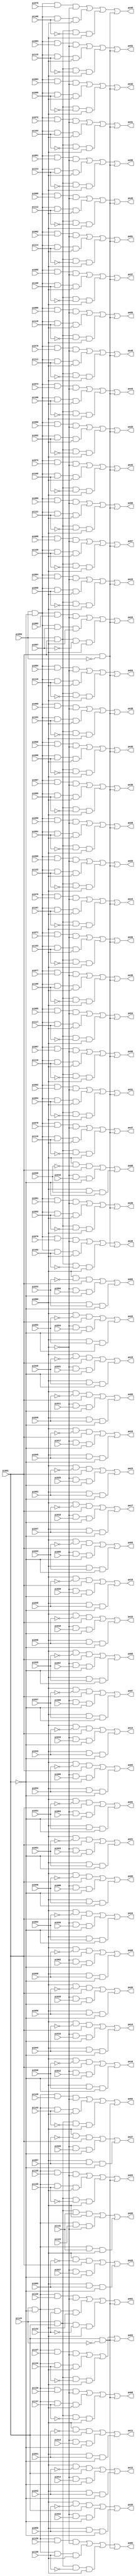
// Benchmark "i6" written by ABC on Thu Mar 19 13:02:36 2020

module i6 ( 
    pi000, pi001, pi002, pi003, pi004, pi005, pi006, pi007, pi008, pi009,
    pi010, pi011, pi012, pi013, pi014, pi015, pi016, pi017, pi018, pi019,
    pi020, pi021, pi022, pi023, pi024, pi025, pi026, pi027, pi028, pi029,
    pi030, pi031, pi032, pi033, pi034, pi035, pi036, pi037, pi038, pi039,
    pi040, pi041, pi042, pi043, pi044, pi045, pi046, pi047, pi048, pi049,
    pi050, pi051, pi052, pi053, pi054, pi055, pi056, pi057, pi058, pi059,
    pi060, pi061, pi062, pi063, pi064, pi065, pi066, pi067, pi068, pi069,
    pi070, pi071, pi072, pi073, pi074, pi075, pi076, pi077, pi078, pi079,
    pi080, pi081, pi082, pi083, pi084, pi085, pi086, pi087, pi088, pi089,
    pi090, pi091, pi092, pi093, pi094, pi095, pi096, pi097, pi098, pi099,
    pi100, pi101, pi102, pi103, pi104, pi105, pi106, pi107, pi108, pi109,
    pi110, pi111, pi112, pi113, pi114, pi115, pi116, pi117, pi118, pi119,
    pi120, pi121, pi122, pi123, pi124, pi125, pi126, pi127, pi128, pi129,
    pi130, pi131, pi132, pi133, pi134, pi135, pi136, pi137,
    po00, po01, po02, po03, po04, po05, po06, po07, po08, po09, po10, po11,
    po12, po13, po14, po15, po16, po17, po18, po19, po20, po21, po22, po23,
    po24, po25, po26, po27, po28, po29, po30, po31, po32, po33, po34, po35,
    po36, po37, po38, po39, po40, po41, po42, po43, po44, po45, po46, po47,
    po48, po49, po50, po51, po52, po53, po54, po55, po56, po57, po58, po59,
    po60, po61, po62, po63, po64, po65, po66  );
  input  pi000, pi001, pi002, pi003, pi004, pi005, pi006, pi007, pi008,
    pi009, pi010, pi011, pi012, pi013, pi014, pi015, pi016, pi017, pi018,
    pi019, pi020, pi021, pi022, pi023, pi024, pi025, pi026, pi027, pi028,
    pi029, pi030, pi031, pi032, pi033, pi034, pi035, pi036, pi037, pi038,
    pi039, pi040, pi041, pi042, pi043, pi044, pi045, pi046, pi047, pi048,
    pi049, pi050, pi051, pi052, pi053, pi054, pi055, pi056, pi057, pi058,
    pi059, pi060, pi061, pi062, pi063, pi064, pi065, pi066, pi067, pi068,
    pi069, pi070, pi071, pi072, pi073, pi074, pi075, pi076, pi077, pi078,
    pi079, pi080, pi081, pi082, pi083, pi084, pi085, pi086, pi087, pi088,
    pi089, pi090, pi091, pi092, pi093, pi094, pi095, pi096, pi097, pi098,
    pi099, pi100, pi101, pi102, pi103, pi104, pi105, pi106, pi107, pi108,
    pi109, pi110, pi111, pi112, pi113, pi114, pi115, pi116, pi117, pi118,
    pi119, pi120, pi121, pi122, pi123, pi124, pi125, pi126, pi127, pi128,
    pi129, pi130, pi131, pi132, pi133, pi134, pi135, pi136, pi137;
  output po00, po01, po02, po03, po04, po05, po06, po07, po08, po09, po10,
    po11, po12, po13, po14, po15, po16, po17, po18, po19, po20, po21, po22,
    po23, po24, po25, po26, po27, po28, po29, po30, po31, po32, po33, po34,
    po35, po36, po37, po38, po39, po40, po41, po42, po43, po44, po45, po46,
    po47, po48, po49, po50, po51, po52, po53, po54, po55, po56, po57, po58,
    po59, po60, po61, po62, po63, po64, po65, po66;
  wire new_n206_, new_n207_, new_n208_, new_n209_, new_n210_, new_n211_,
    new_n212_, new_n213_, new_n214_, new_n215_, new_n216_, new_n217_,
    new_n218_, new_n219_, new_n220_, new_n221_, new_n222_, new_n223_,
    new_n224_, new_n225_, new_n226_, new_n227_, new_n228_, new_n229_,
    new_n230_, new_n231_, new_n232_, new_n233_, new_n234_, new_n235_,
    new_n236_, new_n238_, new_n240_, new_n242_, new_n244_, new_n246_,
    new_n248_, new_n250_, new_n252_, new_n254_, new_n256_, new_n258_,
    new_n260_, new_n262_, new_n264_, new_n266_, new_n268_, new_n270_,
    new_n272_, new_n274_, new_n276_, new_n278_, new_n280_, new_n282_,
    new_n284_, new_n286_, new_n288_, new_n290_, new_n292_, new_n293_,
    new_n294_, new_n295_, new_n296_, new_n297_, new_n298_, new_n299_,
    new_n300_, new_n301_, new_n302_, new_n303_, new_n304_, new_n305_,
    new_n306_, new_n307_, new_n308_, new_n309_, new_n310_, new_n311_,
    new_n312_, new_n313_, new_n314_, new_n315_, new_n316_, new_n317_,
    new_n318_, new_n319_, new_n320_, new_n321_, new_n322_, new_n323_,
    new_n324_, new_n325_, new_n326_, new_n327_, new_n328_, new_n329_,
    new_n330_, new_n331_, new_n332_, new_n333_, new_n334_, new_n335_,
    new_n336_, new_n337_, new_n338_, new_n339_, new_n340_, new_n341_,
    new_n342_, new_n343_, new_n344_, new_n345_, new_n346_, new_n347_,
    new_n348_, new_n349_, new_n350_, new_n351_, new_n352_, new_n353_,
    new_n354_, new_n356_, new_n358_, new_n360_, new_n362_, new_n364_,
    new_n366_, new_n368_, new_n370_, new_n372_, new_n374_, new_n376_,
    new_n378_, new_n380_, new_n382_, new_n384_, new_n386_, new_n388_,
    new_n390_, new_n392_, new_n394_, new_n396_, new_n398_, new_n400_,
    new_n402_, new_n404_, new_n406_, new_n408_, new_n410_, new_n412_,
    new_n414_, new_n416_, new_n418_, new_n419_, new_n420_, new_n421_,
    new_n422_, new_n423_, new_n424_, new_n425_, new_n426_, new_n427_,
    new_n428_, new_n429_, new_n430_, new_n431_, new_n432_, new_n433_,
    new_n434_, new_n435_, new_n436_, new_n437_, new_n438_, new_n439_,
    new_n440_, new_n441_, new_n442_, new_n443_, new_n444_, new_n445_,
    new_n446_, new_n447_, new_n448_, new_n449_, new_n450_, new_n451_,
    new_n452_, new_n453_, new_n454_, new_n455_, new_n456_, new_n457_,
    new_n458_, new_n459_, new_n460_, new_n461_, new_n463_, new_n465_,
    new_n467_, new_n469_, new_n471_, new_n473_, new_n475_, new_n476_,
    new_n477_, new_n478_, new_n479_, new_n480_, new_n481_, new_n482_,
    new_n483_, new_n484_, new_n485_, new_n486_, new_n487_, new_n488_,
    new_n489_, new_n490_, new_n491_, new_n492_, new_n493_, new_n494_,
    new_n495_, new_n496_, new_n497_, new_n498_, new_n499_, new_n500_,
    new_n501_, new_n502_, new_n503_, new_n504_, new_n505_, new_n506_,
    new_n507_, new_n508_, new_n509_, new_n510_, new_n511_, new_n512_,
    new_n513_, new_n514_, new_n515_, new_n516_, new_n517_, new_n518_,
    new_n519_, new_n520_, new_n521_, new_n522_, new_n523_, new_n524_,
    new_n525_, new_n526_, new_n527_, new_n528_, new_n529_, new_n530_,
    new_n531_, new_n532_, new_n533_, new_n534_, new_n535_, new_n536_,
    new_n537_, new_n538_, new_n539_, new_n540_, new_n541_, new_n542_,
    new_n543_, new_n544_, new_n545_, new_n546_, new_n547_, new_n548_,
    new_n549_;
  assign new_n206_ = ~pi000;
  assign new_n207_ = ~pi001;
  assign new_n208_ = new_n206_ & pi002 & new_n207_;
  assign new_n209_ = new_n206_ & pi003 & new_n207_;
  assign new_n210_ = new_n206_ & pi004 & new_n207_;
  assign new_n211_ = new_n206_ & pi005 & new_n207_;
  assign new_n212_ = new_n206_ & pi006 & new_n207_;
  assign new_n213_ = new_n206_ & pi007 & new_n207_;
  assign new_n214_ = new_n206_ & pi008 & new_n207_;
  assign new_n215_ = new_n206_ & pi009 & new_n207_;
  assign new_n216_ = new_n206_ & pi010 & new_n207_;
  assign new_n217_ = new_n206_ & pi011 & new_n207_;
  assign new_n218_ = new_n206_ & pi012 & new_n207_;
  assign new_n219_ = new_n206_ & pi013 & new_n207_;
  assign new_n220_ = new_n206_ & pi014 & new_n207_;
  assign new_n221_ = new_n206_ & pi015 & new_n207_;
  assign new_n222_ = new_n206_ & pi016 & new_n207_;
  assign new_n223_ = new_n206_ & pi017 & new_n207_;
  assign new_n224_ = new_n206_ & pi018 & new_n207_;
  assign new_n225_ = new_n206_ & pi019 & new_n207_;
  assign new_n226_ = new_n206_ & pi020 & new_n207_;
  assign new_n227_ = new_n206_ & pi021 & new_n207_;
  assign new_n228_ = new_n206_ & pi022 & new_n207_;
  assign new_n229_ = new_n206_ & pi023 & new_n207_;
  assign new_n230_ = new_n206_ & pi024 & new_n207_;
  assign new_n231_ = new_n206_ & pi025 & new_n207_;
  assign new_n232_ = new_n206_ & pi026 & new_n207_;
  assign new_n233_ = new_n206_ & pi027 & new_n207_;
  assign new_n234_ = new_n206_ & pi028 & new_n207_;
  assign new_n235_ = new_n206_ & pi029 & new_n207_;
  assign new_n236_ = pi000 & pi030 & new_n207_;
  assign po00 = new_n292_ | new_n208_ | new_n236_;
  assign new_n238_ = pi000 & pi031 & new_n207_;
  assign po01 = new_n293_ | new_n209_ | new_n238_;
  assign new_n240_ = pi000 & pi032 & new_n207_;
  assign po02 = new_n294_ | new_n210_ | new_n240_;
  assign new_n242_ = pi000 & pi033 & new_n207_;
  assign po03 = new_n295_ | new_n211_ | new_n242_;
  assign new_n244_ = pi000 & pi034 & new_n207_;
  assign po04 = new_n296_ | new_n212_ | new_n244_;
  assign new_n246_ = pi000 & pi035 & new_n207_;
  assign po05 = new_n297_ | new_n213_ | new_n246_;
  assign new_n248_ = pi000 & pi036 & new_n207_;
  assign po06 = new_n298_ | new_n214_ | new_n248_;
  assign new_n250_ = pi000 & pi037 & new_n207_;
  assign po07 = new_n299_ | new_n215_ | new_n250_;
  assign new_n252_ = pi000 & pi038 & new_n207_;
  assign po08 = new_n300_ | new_n216_ | new_n252_;
  assign new_n254_ = pi000 & pi039 & new_n207_;
  assign po09 = new_n301_ | new_n217_ | new_n254_;
  assign new_n256_ = pi000 & pi040 & new_n207_;
  assign po10 = new_n302_ | new_n218_ | new_n256_;
  assign new_n258_ = pi000 & pi041 & new_n207_;
  assign po11 = new_n303_ | new_n219_ | new_n258_;
  assign new_n260_ = pi000 & pi042 & new_n207_;
  assign po12 = new_n304_ | new_n220_ | new_n260_;
  assign new_n262_ = pi000 & pi043 & new_n207_;
  assign po13 = new_n305_ | new_n221_ | new_n262_;
  assign new_n264_ = pi000 & pi044 & new_n207_;
  assign po14 = new_n306_ | new_n222_ | new_n264_;
  assign new_n266_ = pi000 & pi045 & new_n207_;
  assign po15 = new_n307_ | new_n223_ | new_n266_;
  assign new_n268_ = pi000 & pi046 & new_n207_;
  assign po16 = new_n308_ | new_n224_ | new_n268_;
  assign new_n270_ = pi000 & pi047 & new_n207_;
  assign po17 = new_n309_ | new_n225_ | new_n270_;
  assign new_n272_ = pi000 & pi048 & new_n207_;
  assign po18 = new_n310_ | new_n226_ | new_n272_;
  assign new_n274_ = pi000 & pi049 & new_n207_;
  assign po19 = new_n311_ | new_n227_ | new_n274_;
  assign new_n276_ = pi000 & pi050 & new_n207_;
  assign po20 = new_n312_ | new_n228_ | new_n276_;
  assign new_n278_ = pi000 & pi051 & new_n207_;
  assign po21 = new_n313_ | new_n229_ | new_n278_;
  assign new_n280_ = pi000 & pi052 & new_n207_;
  assign po22 = new_n314_ | new_n230_ | new_n280_;
  assign new_n282_ = pi000 & pi053 & new_n207_;
  assign po23 = new_n315_ | new_n231_ | new_n282_;
  assign new_n284_ = pi000 & pi054 & new_n207_;
  assign po24 = new_n316_ | new_n232_ | new_n284_;
  assign new_n286_ = pi000 & pi055 & new_n207_;
  assign po25 = new_n317_ | new_n233_ | new_n286_;
  assign new_n288_ = pi000 & pi056 & new_n207_;
  assign po26 = new_n318_ | new_n234_ | new_n288_;
  assign new_n290_ = pi000 & pi057 & new_n207_;
  assign po27 = new_n319_ | new_n235_ | new_n290_;
  assign new_n292_ = pi000 & new_n511_ & pi001;
  assign new_n293_ = pi000 & new_n510_ & pi001;
  assign new_n294_ = pi000 & new_n509_ & pi001;
  assign new_n295_ = pi000 & new_n508_ & pi001;
  assign new_n296_ = pi000 & new_n507_ & pi001;
  assign new_n297_ = pi000 & new_n506_ & pi001;
  assign new_n298_ = pi000 & new_n505_ & pi001;
  assign new_n299_ = pi000 & new_n504_ & pi001;
  assign new_n300_ = pi000 & new_n503_ & pi001;
  assign new_n301_ = pi000 & new_n502_ & pi001;
  assign new_n302_ = pi000 & new_n501_ & pi001;
  assign new_n303_ = pi000 & new_n500_ & pi001;
  assign new_n304_ = pi000 & new_n499_ & pi001;
  assign new_n305_ = pi000 & new_n498_ & pi001;
  assign new_n306_ = pi000 & new_n497_ & pi001;
  assign new_n307_ = pi000 & new_n496_ & pi001;
  assign new_n308_ = pi000 & new_n495_ & pi001;
  assign new_n309_ = pi000 & new_n494_ & pi001;
  assign new_n310_ = pi000 & new_n493_ & pi001;
  assign new_n311_ = pi000 & new_n492_ & pi001;
  assign new_n312_ = pi000 & new_n491_ & pi001;
  assign new_n313_ = pi000 & new_n490_ & pi001;
  assign new_n314_ = pi000 & new_n489_ & pi001;
  assign new_n315_ = pi000 & new_n488_ & pi001;
  assign new_n316_ = pi000 & new_n487_ & pi001;
  assign new_n317_ = pi000 & new_n486_ & pi001;
  assign new_n318_ = pi000 & new_n485_ & pi001;
  assign new_n319_ = pi000 & new_n484_ & pi001;
  assign new_n320_ = ~pi000;
  assign new_n321_ = ~pi001;
  assign new_n322_ = pi059 & new_n321_ & pi058 & new_n320_;
  assign new_n323_ = pi059 & new_n321_ & pi060 & new_n320_;
  assign new_n324_ = pi059 & new_n321_ & pi061 & new_n320_;
  assign new_n325_ = pi059 & new_n321_ & pi062 & new_n320_;
  assign new_n326_ = pi059 & new_n321_ & pi063 & new_n320_;
  assign new_n327_ = pi059 & new_n321_ & pi064 & new_n320_;
  assign new_n328_ = pi059 & new_n321_ & pi065 & new_n320_;
  assign new_n329_ = pi059 & new_n321_ & pi066 & new_n320_;
  assign new_n330_ = pi059 & new_n321_ & pi067 & new_n320_;
  assign new_n331_ = pi059 & new_n321_ & pi068 & new_n320_;
  assign new_n332_ = pi059 & new_n321_ & pi069 & new_n320_;
  assign new_n333_ = pi059 & new_n321_ & pi070 & new_n320_;
  assign new_n334_ = pi059 & new_n321_ & pi071 & new_n320_;
  assign new_n335_ = pi059 & new_n321_ & pi072 & new_n320_;
  assign new_n336_ = pi059 & new_n321_ & pi073 & new_n320_;
  assign new_n337_ = pi059 & new_n321_ & pi074 & new_n320_;
  assign new_n338_ = pi059 & new_n321_ & pi075 & new_n320_;
  assign new_n339_ = pi059 & new_n321_ & pi076 & new_n320_;
  assign new_n340_ = pi059 & new_n321_ & pi077 & new_n320_;
  assign new_n341_ = pi059 & new_n321_ & pi078 & new_n320_;
  assign new_n342_ = pi059 & new_n321_ & pi079 & new_n320_;
  assign new_n343_ = pi059 & new_n321_ & pi080 & new_n320_;
  assign new_n344_ = pi059 & new_n321_ & pi081 & new_n320_;
  assign new_n345_ = pi059 & new_n321_ & pi082 & new_n320_;
  assign new_n346_ = pi059 & new_n321_ & pi083 & new_n320_;
  assign new_n347_ = pi059 & new_n321_ & pi084 & new_n320_;
  assign new_n348_ = pi059 & new_n321_ & pi085 & new_n320_;
  assign new_n349_ = pi059 & new_n321_ & pi086 & new_n320_;
  assign new_n350_ = pi059 & new_n321_ & pi087 & new_n320_;
  assign new_n351_ = pi059 & new_n321_ & pi088 & new_n320_;
  assign new_n352_ = pi059 & new_n321_ & pi089 & new_n320_;
  assign new_n353_ = pi059 & new_n321_ & pi090 & new_n320_;
  assign new_n354_ = pi059 & new_n321_ & pi091 & pi000;
  assign po28 = new_n322_ | new_n354_ | new_n418_ | new_n451_;
  assign new_n356_ = pi059 & new_n321_ & pi092 & pi000;
  assign po29 = new_n323_ | new_n356_ | new_n419_ | new_n451_;
  assign new_n358_ = pi059 & new_n321_ & pi093 & pi000;
  assign po30 = new_n324_ | new_n358_ | new_n420_ | new_n451_;
  assign new_n360_ = pi059 & new_n321_ & pi094 & pi000;
  assign po31 = new_n325_ | new_n360_ | new_n421_ | new_n451_;
  assign new_n362_ = pi059 & new_n321_ & pi095 & pi000;
  assign po32 = new_n326_ | new_n362_ | new_n422_ | new_n451_;
  assign new_n364_ = pi059 & new_n321_ & pi096 & pi000;
  assign po33 = new_n327_ | new_n364_ | new_n423_ | new_n451_;
  assign new_n366_ = pi059 & new_n321_ & pi097 & pi000;
  assign po34 = new_n328_ | new_n366_ | new_n424_ | new_n451_;
  assign new_n368_ = pi059 & new_n321_ & pi098 & pi000;
  assign po35 = new_n329_ | new_n368_ | new_n425_ | new_n451_;
  assign new_n370_ = pi059 & new_n321_ & pi099 & pi000;
  assign po36 = new_n330_ | new_n370_ | new_n426_ | new_n451_;
  assign new_n372_ = pi059 & new_n321_ & pi100 & pi000;
  assign po37 = new_n331_ | new_n372_ | new_n427_ | new_n451_;
  assign new_n374_ = pi059 & new_n321_ & pi101 & pi000;
  assign po38 = new_n332_ | new_n374_ | new_n428_ | new_n451_;
  assign new_n376_ = pi059 & new_n321_ & pi102 & pi000;
  assign po39 = new_n333_ | new_n376_ | new_n429_ | new_n451_;
  assign new_n378_ = pi059 & new_n321_ & pi103 & pi000;
  assign po40 = new_n334_ | new_n378_ | new_n430_ | new_n451_;
  assign new_n380_ = pi059 & new_n321_ & pi104 & pi000;
  assign po41 = new_n335_ | new_n380_ | new_n431_ | new_n451_;
  assign new_n382_ = pi059 & new_n321_ & pi105 & pi000;
  assign po42 = new_n336_ | new_n382_ | new_n432_ | new_n451_;
  assign new_n384_ = pi059 & new_n321_ & pi106 & pi000;
  assign po43 = new_n337_ | new_n384_ | new_n433_ | new_n451_;
  assign new_n386_ = pi059 & new_n321_ & pi107 & pi000;
  assign po44 = new_n338_ | new_n386_ | new_n434_ | new_n451_;
  assign new_n388_ = pi059 & new_n321_ & pi108 & pi000;
  assign po45 = new_n339_ | new_n388_ | new_n435_ | new_n451_;
  assign new_n390_ = pi059 & new_n321_ & pi109 & pi000;
  assign po46 = new_n340_ | new_n390_ | new_n436_ | new_n451_;
  assign new_n392_ = pi059 & new_n321_ & pi110 & pi000;
  assign po47 = new_n341_ | new_n392_ | new_n437_ | new_n451_;
  assign new_n394_ = pi059 & new_n321_ & pi111 & pi000;
  assign po48 = new_n342_ | new_n394_ | new_n438_ | new_n451_;
  assign new_n396_ = pi059 & new_n321_ & pi112 & pi000;
  assign po49 = new_n343_ | new_n396_ | new_n439_ | new_n451_;
  assign new_n398_ = pi059 & new_n321_ & pi113 & pi000;
  assign po50 = new_n344_ | new_n398_ | new_n440_ | new_n451_;
  assign new_n400_ = pi059 & new_n321_ & pi114 & pi000;
  assign po51 = new_n345_ | new_n400_ | new_n441_ | new_n451_;
  assign new_n402_ = pi059 & new_n321_ & pi115 & pi000;
  assign po52 = new_n346_ | new_n402_ | new_n442_ | new_n451_;
  assign new_n404_ = pi059 & new_n321_ & pi116 & pi000;
  assign po53 = new_n347_ | new_n404_ | new_n443_ | new_n451_;
  assign new_n406_ = pi059 & new_n321_ & pi117 & pi000;
  assign po54 = new_n348_ | new_n406_ | new_n444_ | new_n451_;
  assign new_n408_ = pi059 & new_n321_ & pi118 & pi000;
  assign po55 = new_n349_ | new_n408_ | new_n445_ | new_n451_;
  assign new_n410_ = pi059 & new_n321_ & pi119 & pi000;
  assign po56 = new_n350_ | new_n410_ | new_n446_ | new_n451_;
  assign new_n412_ = pi059 & new_n321_ & pi120 & pi000;
  assign po57 = new_n351_ | new_n412_ | new_n447_ | new_n451_;
  assign new_n414_ = pi059 & new_n321_ & pi121 & pi000;
  assign po58 = new_n352_ | new_n414_ | new_n448_ | new_n451_;
  assign new_n416_ = pi059 & new_n321_ & pi122 & pi000;
  assign po59 = new_n353_ | new_n416_ | new_n449_ | new_n451_;
  assign new_n418_ = pi059 & pi001 & new_n543_ & pi000;
  assign new_n419_ = pi059 & pi001 & new_n542_ & pi000;
  assign new_n420_ = pi059 & pi001 & new_n541_ & pi000;
  assign new_n421_ = pi059 & pi001 & new_n540_ & pi000;
  assign new_n422_ = pi059 & pi001 & new_n539_ & pi000;
  assign new_n423_ = pi059 & pi001 & new_n538_ & pi000;
  assign new_n424_ = pi059 & pi001 & new_n537_ & pi000;
  assign new_n425_ = pi059 & pi001 & new_n536_ & pi000;
  assign new_n426_ = pi059 & pi001 & new_n535_ & pi000;
  assign new_n427_ = pi059 & pi001 & new_n534_ & pi000;
  assign new_n428_ = pi059 & pi001 & new_n533_ & pi000;
  assign new_n429_ = pi059 & pi001 & new_n532_ & pi000;
  assign new_n430_ = pi059 & pi001 & new_n531_ & pi000;
  assign new_n431_ = pi059 & pi001 & new_n530_ & pi000;
  assign new_n432_ = pi059 & pi001 & new_n529_ & pi000;
  assign new_n433_ = pi059 & pi001 & new_n528_ & pi000;
  assign new_n434_ = pi059 & pi001 & new_n527_ & pi000;
  assign new_n435_ = pi059 & pi001 & new_n526_ & pi000;
  assign new_n436_ = pi059 & pi001 & new_n525_ & pi000;
  assign new_n437_ = pi059 & pi001 & new_n524_ & pi000;
  assign new_n438_ = pi059 & pi001 & new_n523_ & pi000;
  assign new_n439_ = pi059 & pi001 & new_n522_ & pi000;
  assign new_n440_ = pi059 & pi001 & new_n521_ & pi000;
  assign new_n441_ = pi059 & pi001 & new_n520_ & pi000;
  assign new_n442_ = pi059 & pi001 & new_n519_ & pi000;
  assign new_n443_ = pi059 & pi001 & new_n518_ & pi000;
  assign new_n444_ = pi059 & pi001 & new_n517_ & pi000;
  assign new_n445_ = pi059 & pi001 & new_n516_ & pi000;
  assign new_n446_ = pi059 & pi001 & new_n515_ & pi000;
  assign new_n447_ = pi059 & pi001 & new_n514_ & pi000;
  assign new_n448_ = pi059 & pi001 & new_n513_ & pi000;
  assign new_n449_ = pi059 & pi001 & new_n512_ & pi000;
  assign new_n450_ = ~pi059;
  assign new_n451_ = pi001 & new_n450_;
  assign new_n452_ = ~pi000;
  assign new_n453_ = ~pi001;
  assign new_n454_ = pi124 & new_n453_ & pi123 & new_n452_;
  assign new_n455_ = pi124 & new_n453_ & pi125 & new_n452_;
  assign new_n456_ = pi124 & new_n453_ & pi126 & new_n452_;
  assign new_n457_ = pi124 & new_n453_ & pi127 & new_n452_;
  assign new_n458_ = pi124 & new_n453_ & pi128 & new_n452_;
  assign new_n459_ = pi124 & new_n453_ & pi129 & new_n452_;
  assign new_n460_ = pi124 & new_n453_ & pi130 & new_n452_;
  assign new_n461_ = pi124 & new_n453_ & pi131 & pi000;
  assign po60 = new_n475_ | new_n454_ | new_n461_;
  assign new_n463_ = pi124 & new_n453_ & pi132 & pi000;
  assign po61 = new_n455_ | new_n463_ | new_n476_ | new_n483_;
  assign new_n465_ = pi124 & new_n453_ & pi133 & pi000;
  assign po62 = new_n456_ | new_n465_ | new_n477_ | new_n483_;
  assign new_n467_ = pi124 & new_n453_ & pi134 & pi000;
  assign po63 = new_n457_ | new_n467_ | new_n478_ | new_n483_;
  assign new_n469_ = pi124 & new_n453_ & pi135 & pi000;
  assign po64 = new_n458_ | new_n469_ | new_n479_ | new_n483_;
  assign new_n471_ = pi124 & new_n453_ & pi136 & pi000;
  assign po65 = new_n459_ | new_n471_ | new_n480_ | new_n483_;
  assign new_n473_ = pi124 & new_n453_ & pi137 & pi000;
  assign po66 = new_n460_ | new_n473_ | new_n481_ | new_n483_;
  assign new_n475_ = pi124 & pi001 & pi131 & pi000;
  assign new_n476_ = pi124 & pi001 & new_n549_ & pi000;
  assign new_n477_ = pi124 & pi001 & new_n548_ & pi000;
  assign new_n478_ = pi124 & pi001 & new_n547_ & pi000;
  assign new_n479_ = pi124 & pi001 & new_n546_ & pi000;
  assign new_n480_ = pi124 & pi001 & new_n545_ & pi000;
  assign new_n481_ = pi124 & pi001 & new_n544_ & pi000;
  assign new_n482_ = ~pi124;
  assign new_n483_ = pi001 & new_n482_;
  assign new_n484_ = ~pi057;
  assign new_n485_ = ~pi056;
  assign new_n486_ = ~pi055;
  assign new_n487_ = ~pi054;
  assign new_n488_ = ~pi053;
  assign new_n489_ = ~pi052;
  assign new_n490_ = ~pi051;
  assign new_n491_ = ~pi050;
  assign new_n492_ = ~pi049;
  assign new_n493_ = ~pi048;
  assign new_n494_ = ~pi047;
  assign new_n495_ = ~pi046;
  assign new_n496_ = ~pi045;
  assign new_n497_ = ~pi044;
  assign new_n498_ = ~pi043;
  assign new_n499_ = ~pi042;
  assign new_n500_ = ~pi041;
  assign new_n501_ = ~pi040;
  assign new_n502_ = ~pi039;
  assign new_n503_ = ~pi038;
  assign new_n504_ = ~pi037;
  assign new_n505_ = ~pi036;
  assign new_n506_ = ~pi035;
  assign new_n507_ = ~pi034;
  assign new_n508_ = ~pi033;
  assign new_n509_ = ~pi032;
  assign new_n510_ = ~pi031;
  assign new_n511_ = ~pi030;
  assign new_n512_ = ~pi122;
  assign new_n513_ = ~pi121;
  assign new_n514_ = ~pi120;
  assign new_n515_ = ~pi119;
  assign new_n516_ = ~pi118;
  assign new_n517_ = ~pi117;
  assign new_n518_ = ~pi116;
  assign new_n519_ = ~pi115;
  assign new_n520_ = ~pi114;
  assign new_n521_ = ~pi113;
  assign new_n522_ = ~pi112;
  assign new_n523_ = ~pi111;
  assign new_n524_ = ~pi110;
  assign new_n525_ = ~pi109;
  assign new_n526_ = ~pi108;
  assign new_n527_ = ~pi107;
  assign new_n528_ = ~pi106;
  assign new_n529_ = ~pi105;
  assign new_n530_ = ~pi104;
  assign new_n531_ = ~pi103;
  assign new_n532_ = ~pi102;
  assign new_n533_ = ~pi101;
  assign new_n534_ = ~pi100;
  assign new_n535_ = ~pi099;
  assign new_n536_ = ~pi098;
  assign new_n537_ = ~pi097;
  assign new_n538_ = ~pi096;
  assign new_n539_ = ~pi095;
  assign new_n540_ = ~pi094;
  assign new_n541_ = ~pi093;
  assign new_n542_ = ~pi092;
  assign new_n543_ = ~pi091;
  assign new_n544_ = ~pi137;
  assign new_n545_ = ~pi136;
  assign new_n546_ = ~pi135;
  assign new_n547_ = ~pi134;
  assign new_n548_ = ~pi133;
  assign new_n549_ = ~pi132;
endmodule